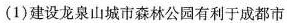
(1)建设龙泉山城市森林公园有利于成都市